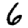
Digit: 6